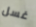
غسل